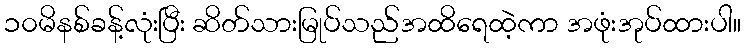
၁၀မိနစ်ခန့်လုံးပြီး ဆိတ်သားမြုပ်သည်အထိရေထဲ့ကာ အဖုံးအုပ်ထားပါ။